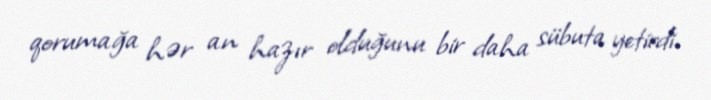
qorumağa hər an hazır olduğunu bir daha sübuta yetirdi.